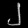
Digit: ၂